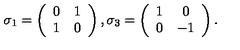
\sigma _ { 1 } = \left( \begin{array} { c c } { 0 } & { 1 } \\ { 1 } & { 0 } \\ \end{array} \right) , \sigma _ { 3 } = \left( \begin{array} { c c } { 1 } & { 0 } \\ { 0 } & { - 1 } \\ \end{array} \right) .